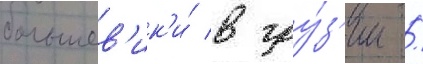
большев'ик'и́ в гру́з'ии /